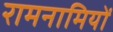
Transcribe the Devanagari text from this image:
रामनामियों